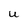
Character: U